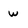
Character: w